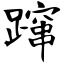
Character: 蹿